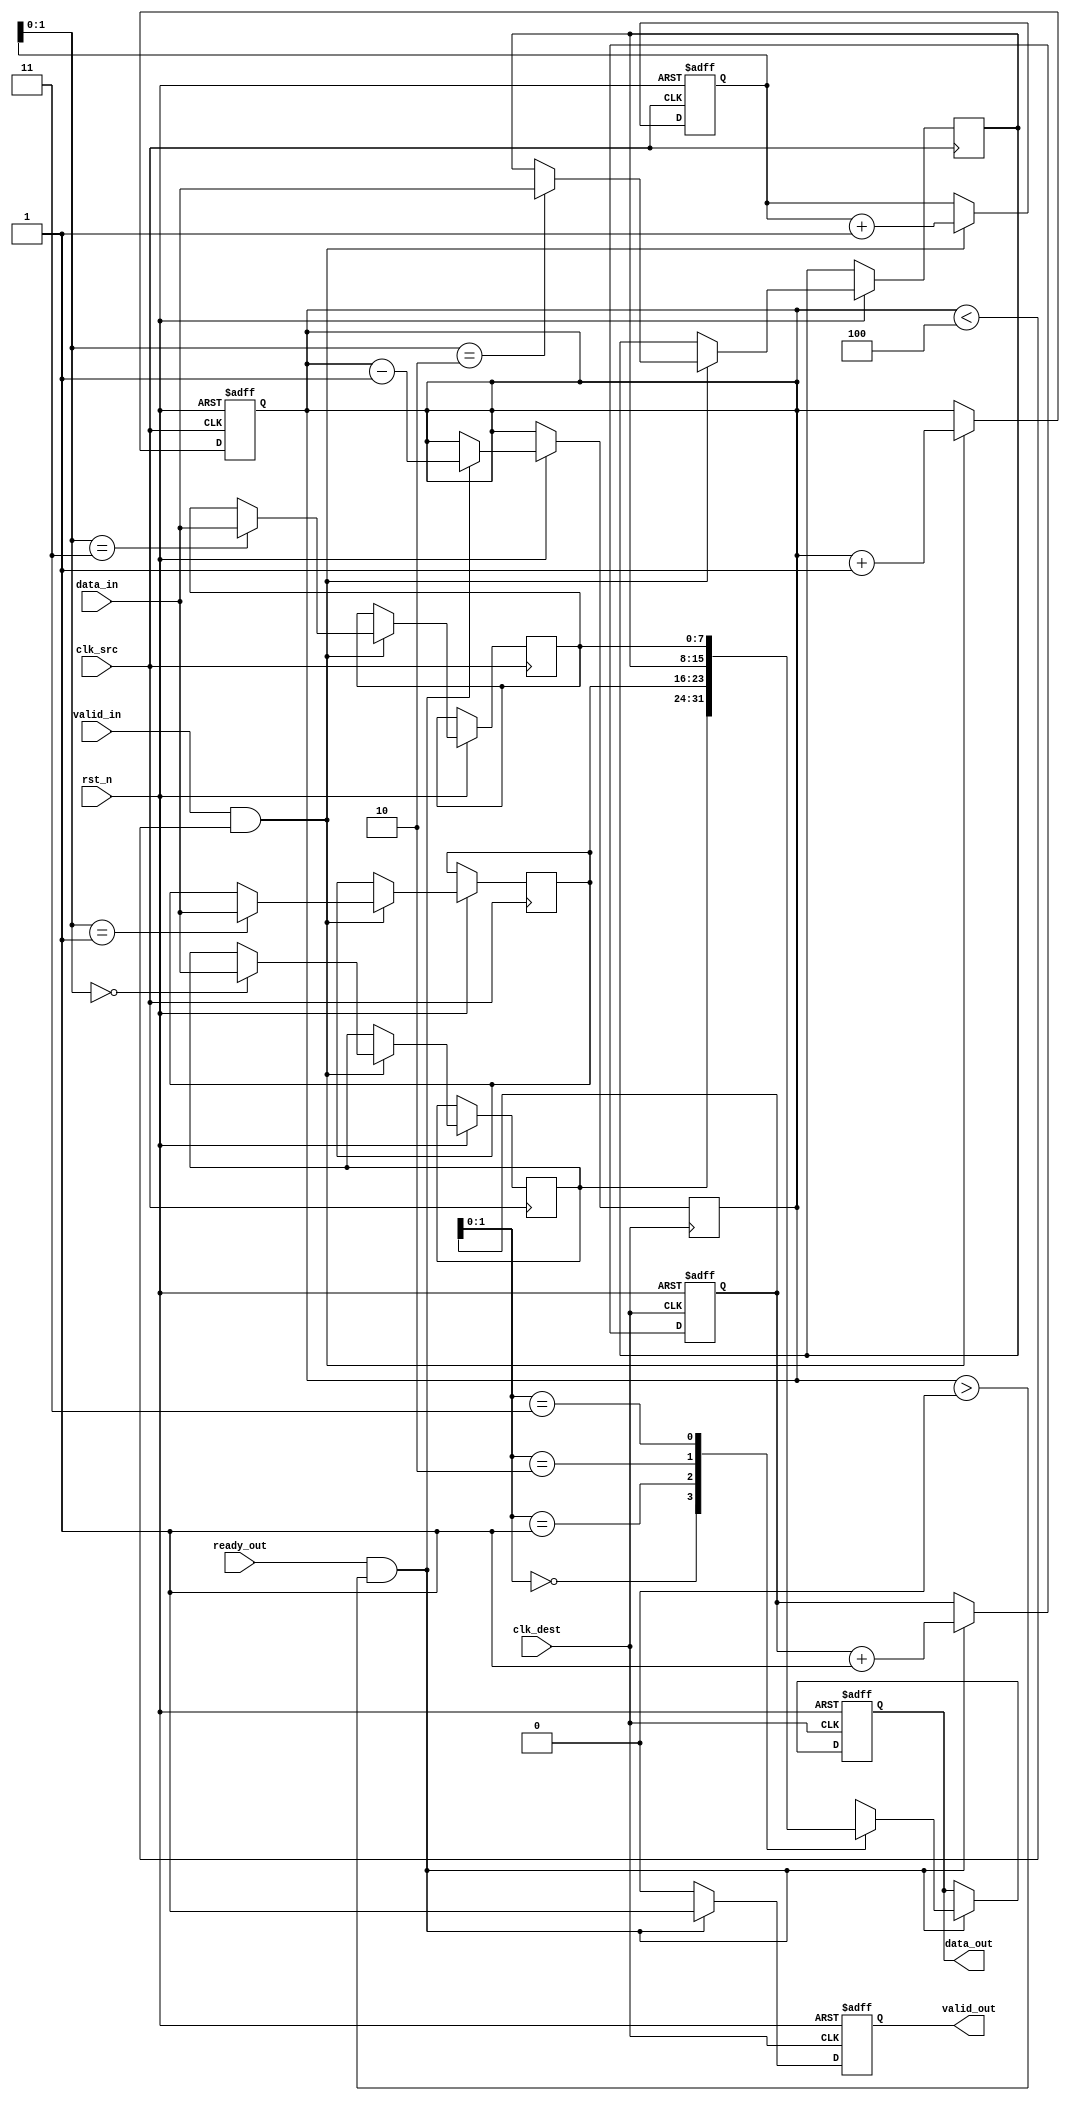
module memory_blocks_pipeline_synchronizer #(
    parameter DATA_WIDTH = 8, // Width of the data bus
    parameter FIFO_DEPTH = 4   // Depth of the FIFO buffer
)(
    input  wire clk_src,         // Source clock
    input  wire clk_dest,        // Destination clock
    input  wire rst_n,           // Asynchronous active-low reset
    input  wire [DATA_WIDTH-1:0] data_in, // Data input from source clock domain
    input  wire valid_in,        // Valid signal for data input
    output reg [DATA_WIDTH-1:0] data_out, // Synchronized data output
    output reg valid_out,        // Valid signal for output data
    input  wire ready_out        // Ready signal from destination clock domain
);

    // FIFO buffer to hold incoming data
    reg [DATA_WIDTH-1:0] fifo_buffer[FIFO_DEPTH-1:0];
    reg [2:0] write_ptr; // Write pointer for FIFO
    reg [2:0] read_ptr;  // Read pointer for FIFO
    reg [2:0] count;      // Number of items in FIFO

    // Synchronization registers
    reg [DATA_WIDTH-1:0] sync_data;
    reg sync_valid;
    reg sync_ready;

    // Asynchronous reset logic
    always @(posedge clk_src or negedge rst_n) begin
        if (!rst_n) begin
            write_ptr <= 3'b000;
            count <= 3'b000;
        end else if (valid_in && (count < FIFO_DEPTH)) begin
            fifo_buffer[write_ptr] <= data_in; // Write data into FIFO
            write_ptr <= write_ptr + 1;        // Move write pointer
            count <= count + 1;                // Increment count
        end
    end

    // Read data from FIFO and synchronize to destination clock
    always @(posedge clk_dest or negedge rst_n) begin
        if (!rst_n) begin
            read_ptr <= 3'b000;
            valid_out <= 1'b0;
            data_out <= {DATA_WIDTH{1'b0}};
        end else if (ready_out && (count > 0)) begin
            data_out <= fifo_buffer[read_ptr]; // Read data from FIFO
            valid_out <= 1'b1;                  // Set valid output
            read_ptr <= read_ptr + 1;          // Move read pointer
            count <= count - 1;                // Decrement count
        end else if (valid_out) begin
            valid_out <= 1'b0; // Clear valid if not ready
        end
    end

    // Synchronize the valid signal to destination clock domain
    always @(posedge clk_dest or negedge rst_n) begin
        if (!rst_n) begin
            sync_valid <= 1'b0;
        end else begin
            sync_valid <= valid_in; // Synchronize valid signal
        end
    end

    // Synchronization mechanism for data
    always @(posedge clk_dest or negedge rst_n) begin
        if (!rst_n) begin
            sync_data <= {DATA_WIDTH{1'b0}};
        end else begin
            sync_data <= data_in; // Synchronize data signal
        end
    end

endmodule